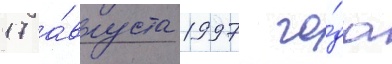
17 а́вгуста 1997 го́да